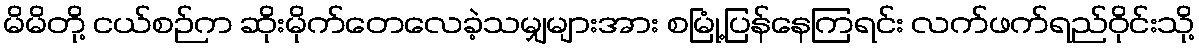
မိမိတို့ ငယ်စဉ်က ဆိုးမိုက်တေလေခဲ့သမျှများအား စမြုံ့ပြန်နေကြရင်း လက်ဖက်ရည်ဝိုင်းသို့